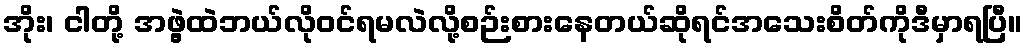
အိုး၊ ငါတို့ အဖွဲ့ထဲဘယ်လိုဝင်ရမလဲလို့စဉ်းစားနေတယ်ဆိုရင်အသေးစိတ်ကိုဒီမှာရပြီ။